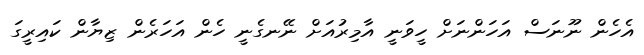
އެހެން ނޫނަސް އަހަންނަށް ހީވަނީ އާމިރުއަށް ނޭނގެނީ ހެން އަހަރެން ޒިޔާން ކައިރީގަ